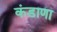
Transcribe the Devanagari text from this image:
कंडाणा